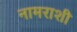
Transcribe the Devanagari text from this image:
नामराशी